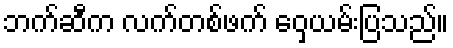
ဘက်ဆီက လက်တစ်ဖက် ဝှေ့ယမ်းပြသည်။